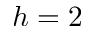
h = 2